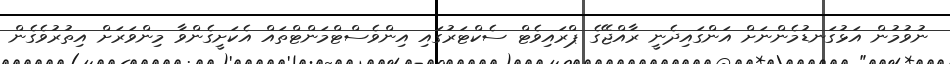
ނުވުމުން އަޅުގަނޑުމެންނަށް އަންގައިދެނީ ރާއްޖޭގެ ޕްރައިވެޓް ސެކްޓަރުގައި އިންވެސްޓްމަންޓްތައް އެކަށީގެންވާ މިންވަރަށް އިތުރުވެގެން